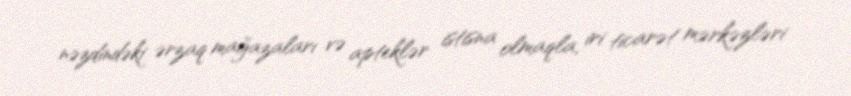
nəzdindəki ərzaq mağazaları və apteklər istisna olmaqla, iri ticarət mərkəzləri